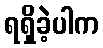
ရရှိခဲ့ပါက